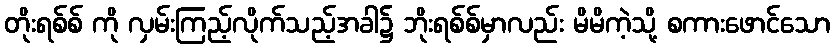
တိုးရစ်စ် ကို လှမ်းကြည့်လိုက်သည့်အခါ၌ ဘိုးရစ်စ်မှာလည်း မိမိကဲ့သို့ စကားဖောင်သော